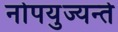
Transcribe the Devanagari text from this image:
नोपयुज्यन्ते